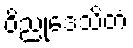
ဝိညုဒေသိတံ